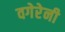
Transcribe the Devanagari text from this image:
वगेरेनी